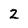
Character: 2